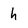
Character: h